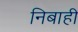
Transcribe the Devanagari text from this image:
निबाही